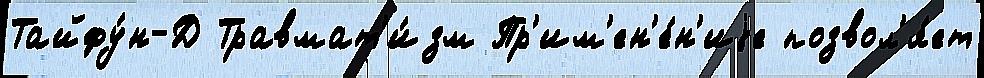
Тайфу́н-Д Травмат'и́зм Пр'им'ен'е́н'иjе позвол'я́ет